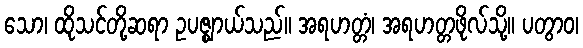
သော၊ ထိုသင်တို့ဆရာ ဥပဇ္ဈာယ်သည်။ အရဟတ္တံ၊ အရဟတ္တဖိုလ်သို့။ ပတွာဝ၊